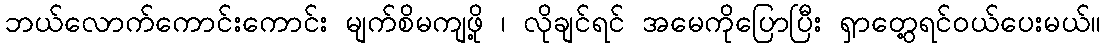
ဘယ်လောက်ကောင်းကောင်း မျက်စိမကျဖို့ ၊ လိုချင်ရင် အမေကိုပြောပြီး ရှာတွေ့ရင်ဝယ်ပေးမယ်။